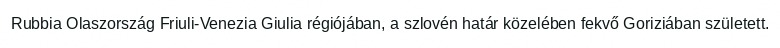
Rubbia Olaszország Friuli-Venezia Giulia régiójában, a szlovén határ közelében fekvő Goriziában született.